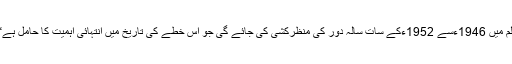
فلم میں 1946ءسے 1952ءکے سات سالہ دور کی منظرکشی کی جائے گی جو اس خطے کی تاریخ میں انتہائی اہمیت کا حامل ہے“۔